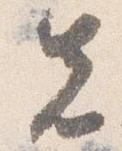
先